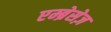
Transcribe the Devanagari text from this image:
एम्ब्रेसेज़